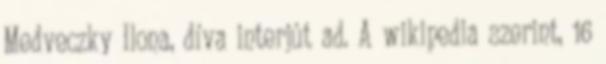
Medveczky Ilona, díva interjút ad. A wikipedia szerint, 16